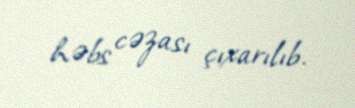
həbs cəzası çıxarılıb.